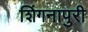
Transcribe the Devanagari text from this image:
शिंगनापुरी